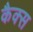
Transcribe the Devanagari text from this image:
कैक्स